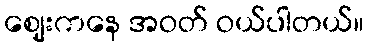
ဈေးကနေ အဝတ် ဝယ်ပါတယ်။